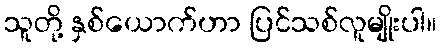
သူတို့ နှစ်ယောက်ဟာ ပြင်သစ်လူမျိုးပါ။